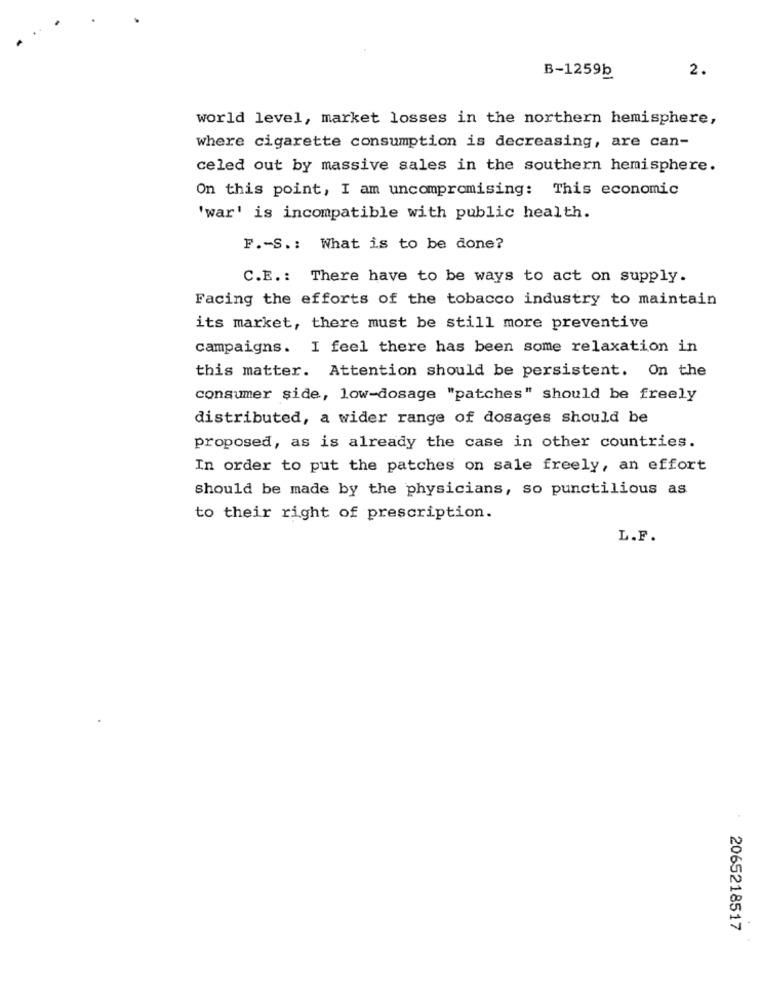
2.
B-1259b
world level, market losses in the northern hemisphere,
where cigarette consumption is decreasing, are can-
celed out by massive sales in the southern hemisphere.
On this point, I am uncompromising: This economic
'war' is incompatible with public health.
F .- S .: What is to be done?
C.E .: There have to be ways to act on supply.
Facing the efforts of the tobacco industry to maintain
its market, there must be still more preventive
campaigns. I feel there has been some relaxation in
this matter. Attention should be persistent. On the
consumer side, low-dosage "patches" should be freely
distributed, a wider range of dosages should be
proposed, as is already the case in other countries.
In order to put the patches on sale freely, an effort
should be made by the physicians, so punctilious as
to their right of prescription.
L.F.
2065218517